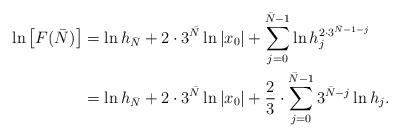
LaTeX: \begin{align*}\ln \left[F(\bar N)\right] &=\ln h_{\bar N} + 2 \cdot 3^{\bar N} \ln |x_0| +\sum_{j=0}^{\bar N-1} \ln h_{j}^{2 \cdot 3^{\bar N-1-j}}\\&= \ln h_{\bar N} + 2 \cdot 3^{\bar N} \ln |x_0| + \frac{2}{3} \cdot \sum_{j=0}^{\bar N -1} 3^{\bar N-j}\ln h_{j}.\end{align*}